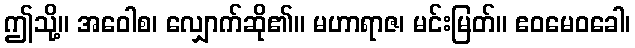
ဤသို့။ အဝေါစ၊ လျှောက်ဆို၏။ မဟာရာဇ၊ မင်းမြတ်။ ဧဝမေဝခေါ၊